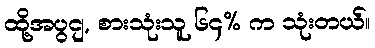
ထို့အပွငျ, စားသုံးသူ ၆၄% က သုံးတယ်။